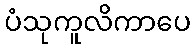
ပံသုကူလိကာပေ